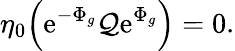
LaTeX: \eta_{0}\Bigl(\mathrm{e}^{-\Phi_{g}}{\cal Q}\mathrm{e}^{\Phi_{g}}\Bigr)=0.